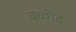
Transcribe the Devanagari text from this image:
बच्चोंद